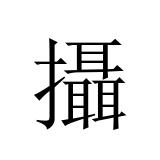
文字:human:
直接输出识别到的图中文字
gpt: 攝